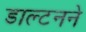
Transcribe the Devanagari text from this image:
डाल्टनने